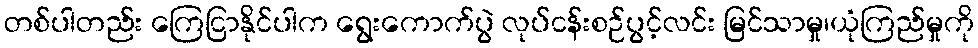
တစ်ပါတည်း ကြေငြာနိုင်ပါက ရွေးကောက်ပွဲ လုပ်ငန်းစဉ်ပွင့်လင်း မြင်သာမှု၊ယုံကြည်မှုကို